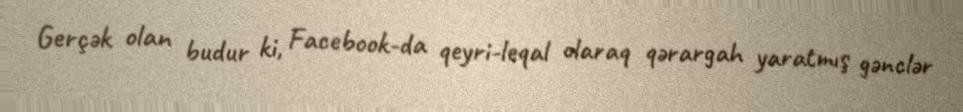
Gerçək olan budur ki, Facebook-da qeyri-leqal olaraq qərargah yaratmış gənclər